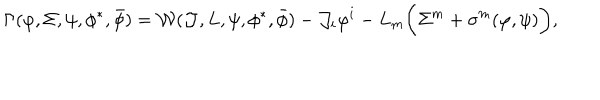
\Gamma ( \varphi , \Sigma , \psi , \phi ^ { * } , \bar { \phi } ) = { \cal W } ( { \cal J } , L , \psi , \phi ^ { * } , \bar { \phi } ) - { \cal J } _ { i } \varphi ^ { i } - L _ { m } \bigg ( \Sigma ^ { m } + \sigma ^ { m } ( \varphi , \psi ) \bigg ) ,